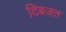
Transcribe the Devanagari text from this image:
दिबजत